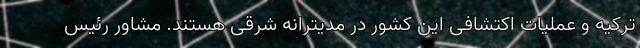
ترکیه و عملیات اکتشافی این کشور در مدیترانه شرقی هستند. مشاور رئیس